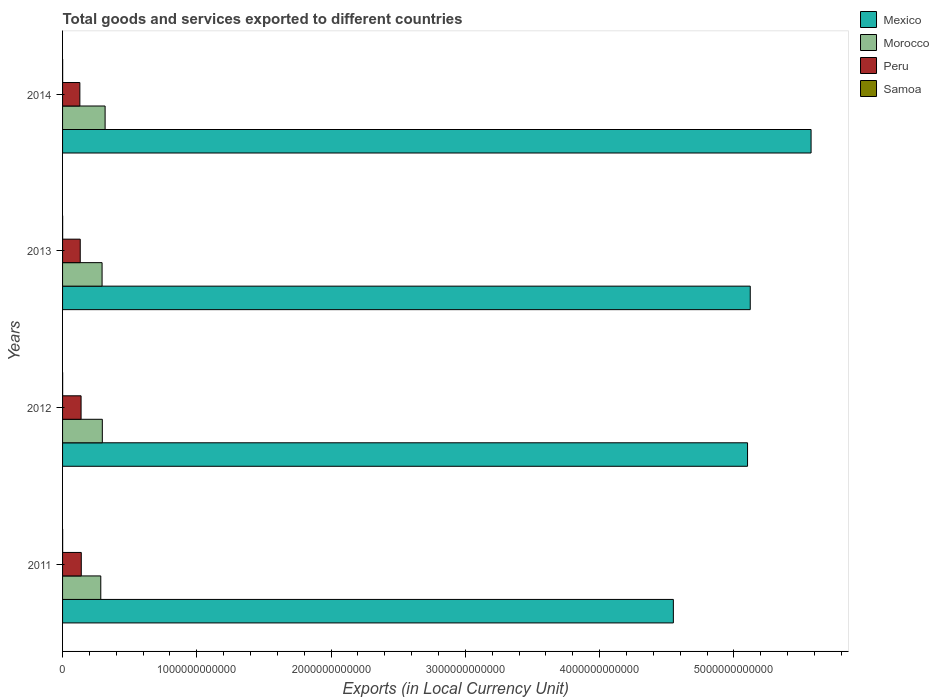
| Years | Mexico | Morocco | Peru | Samoa |
 | --- | --- | --- | --- | --- |
 | 2011 | 4.55e+12 | 2.85e+11 | 1.39e+11 | 5.07e+08 |
 | 2012 | 5.1e+12 | 2.96e+11 | 1.38e+11 | 5.1e+08 |
 | 2013 | 5.12e+12 | 2.94e+11 | 1.32e+11 | 5.58e+08 |
 | 2014 | 5.57e+12 | 3.17e+11 | 1.29e+11 | 5.27e+08 |